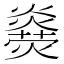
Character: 𤑋